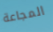
المجاعة